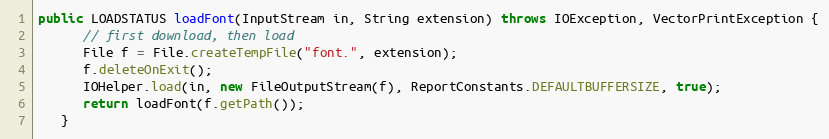
Language: Java
public LOADSTATUS loadFont(InputStream in, String extension) throws IOException, VectorPrintException {
      // first download, then load
      File f = File.createTempFile("font.", extension);
      f.deleteOnExit();
      IOHelper.load(in, new FileOutputStream(f), ReportConstants.DEFAULTBUFFERSIZE, true);
      return loadFont(f.getPath());
   }